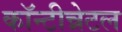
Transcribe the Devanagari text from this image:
कॉन्टीन्नेटल